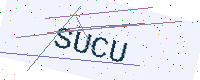
Text: SUCU